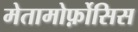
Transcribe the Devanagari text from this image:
मेतामोर्फ़ोसिस